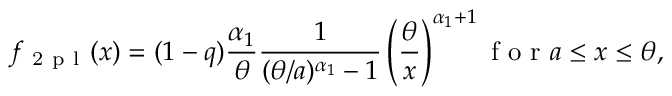
f _ { \mathrm { ~ 2 ~ p ~ l ~ } } ( x ) = ( 1 - q ) \frac { \alpha _ { 1 } } { \theta } \frac 1 { ( \theta / a ) ^ { \alpha _ { 1 } } - 1 } \left( \frac \theta x \right) ^ { \alpha _ { 1 } + 1 } \mathrm { ~ f ~ o ~ r ~ } a \le x \le \theta ,